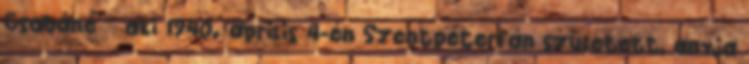
Csabáné – aki 1940. április 4-én Szentpéterfán született, anyja